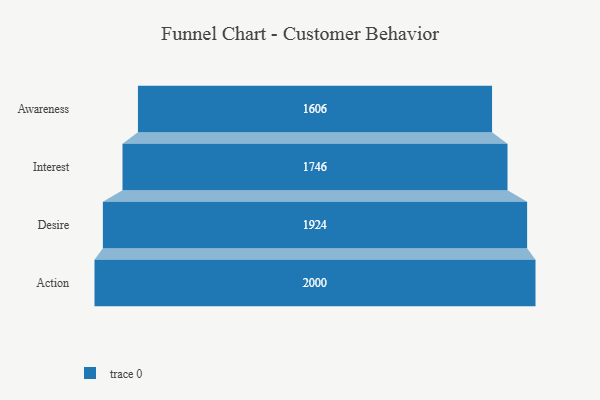
{"axis": {"x": "Stage", "y": "Value"}, "legend": [""], "data": [{"x": "Awareness", "y": 1606.0, "type": ""}, {"x": "Interest", "y": 1746.0, "type": ""}, {"x": "Desire", "y": 1924.0, "type": ""}, {"x": "Action", "y": 2000, "type": ""}]}